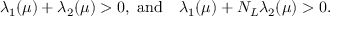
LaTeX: \begin{array} { c c } { { \lambda _ { 1 } ( \mu ) + \lambda _ { 2 } ( \mu ) > 0 , ~ \mathrm { a n d } } } & { { \lambda _ { 1 } ( \mu ) + N _ { L } \lambda _ { 2 } ( \mu ) > 0 . } } \end{array}